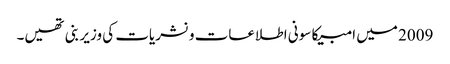
2009 میں امبیکا سونی اطلاعات و نشریات کی وزیر بنی تھیں۔